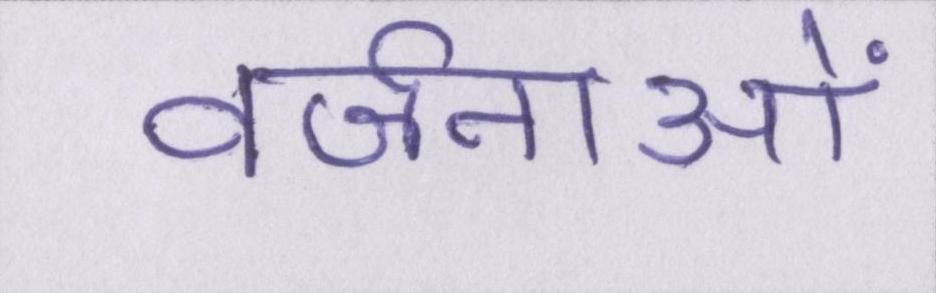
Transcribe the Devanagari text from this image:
वर्जनाओं